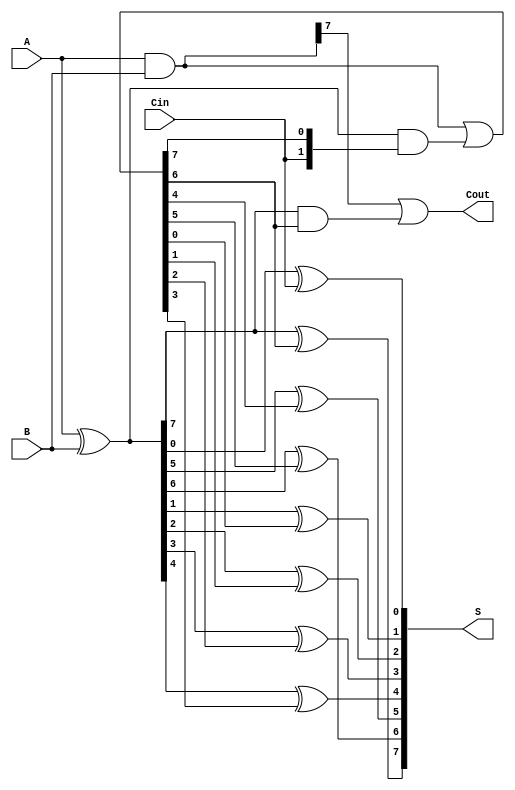
module KoggeStoneAdder #(parameter n = 8) (
    input  wire [n-1:0] A,      // First n-bit input
    input  wire [n-1:0] B,      // Second n-bit input
    input  wire         Cin,     // Carry-in
    output wire [n-1:0] S,       // n-bit Sum output
    output wire         Cout      // Carry-out
);

    // Generate (G) and Propagate (P) signals
    wire [n-1:0] G; // Generate signals
    wire [n-1:0] P; // Propagate signals

    assign G = A & B;         // G[i] = A[i] & B[i]
    assign P = A ^ B;         // P[i] = A[i] ^ B[i]

    // Carry signals, using a 2D array for stages
    wire [n-1:0] C [0:0];     // Stage 0 carry signals
    wire [n-1:0] C_next [0:2]; // Next stages can be extended

    // Stage 0: Initial carry signals
    assign C[0] = G | (P & {Cin, C[0][n-1:n-1]}); // C[0][i] = G[i] | (P[i] & C[0][i-1])

    // Carry generation stages
    genvar k, j;
    generate
        for (k = 1; k < n; k = k + 1) begin : carry_generation
            for (j = 0; j < n; j = j + 1) begin : carry_stage
                if (j == 0) begin
                    assign C[k][j] = G[j] | (P[j] & Cin);
                end else begin
                    assign C[k][j] = G[j] | (P[j] & G[j-1]) | (P[j] & P[j-1] & C[k-1][j-2]);
                end
            end
        end
    endgenerate

    // Sum calculation
    assign S[0] = P[0] ^ Cin; // First sum bit
    generate
        for (j = 1; j < n; j = j + 1) begin : sum_generation
            assign S[j] = P[j] ^ C[0][j-1];
        end
    endgenerate

    // Final carry-out
    assign Cout = G[n-1] | (P[n-1] & C[0][n-2]);

endmodule